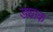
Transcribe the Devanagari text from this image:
ड्याक